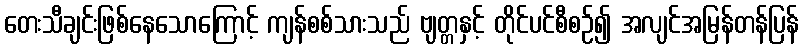
တေးသီချင်းဖြစ်နေသောကြောင့် ကျန်စစ်သားသည် ဗျတ္တနှင့် တိုင်ပင်စီစဉ်၍ အလျင်အမြန်တန်ပြန်